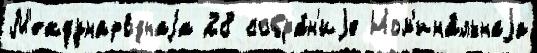
М'еждунаро́днаjа 28 собра́н'иjе Ном'ина́льнаjа